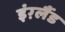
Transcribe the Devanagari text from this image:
इंग़्लैंड